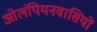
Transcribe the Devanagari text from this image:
ओलंपियनवासियों